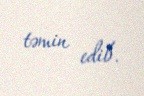
təmin edib.